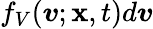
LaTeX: f_{V}({\boldsymbol{v}};{\boldsymbol{\mathbf{x}}},t)d{\boldsymbol{v}}